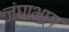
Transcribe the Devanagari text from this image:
जंघाभाग